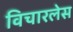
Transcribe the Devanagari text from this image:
विचारलेस